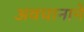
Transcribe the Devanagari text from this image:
अवधानाने